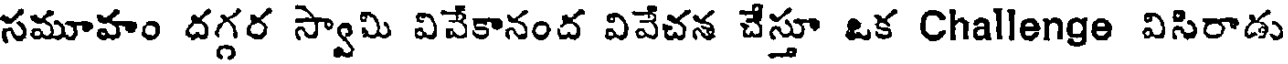
సమూహం దగ్గర స్వామి వివేకానంద వివేచన చేస్తూ ఒక Challenge విసిరాడు